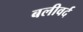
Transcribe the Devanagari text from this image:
बलीवर्द